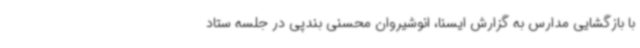
با بازگشایی مدارس به گزارش ایسنا، انوشیروان محسنی بندپی در جلسه ستاد